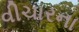
વીચારના